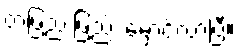
တဖြည်းဖြည်း မှောင်လာပြီ။